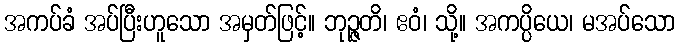
အကပ်ခံ အပ်ပြီးဟူသော အမှတ်ဖြင့်။ ဘုဉ္ဇတိ၊ ဧဝံ၊ သို့။ အကပ္ပိယေ၊ မအပ်သော